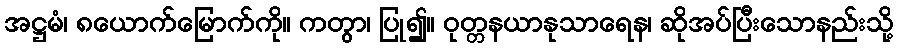
အဋ္ဌမံ၊ ၈ယောက်မြောက်ကို။ ကတွာ၊ ပြု၍။ ဝုတ္တနယာနုသာရေန၊ ဆိုအပ်ပြီးသောနည်းသို့